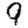
Digit: 9